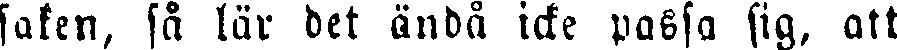
saken, så lär det ändå icke passa sig, att